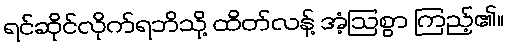
ရင်ဆိုင်လိုက်ရဘိသို့ ထိတ်လန့် အံ့ဩစွာ ကြည့်၏။